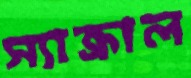
স্যাক্রাল